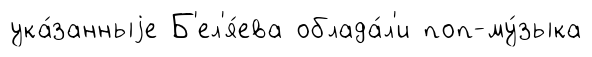
ука́занныjе Б'ел'я́ева облада́л'и поп-му́зыка